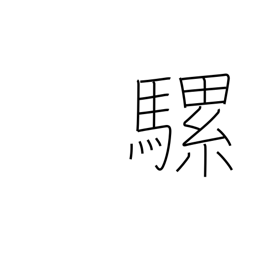
Meaning: mule